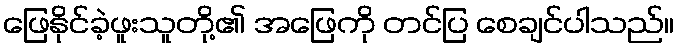
ဖြေနိုင်ခဲ့ဖူးသူတို့၏ အဖြေကို တင်ပြ စေချင်ပါသည်။